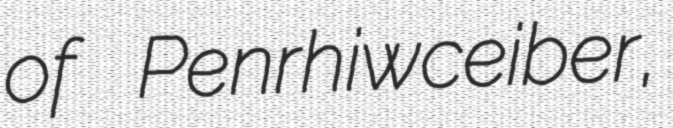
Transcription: of Penrhiwceiber,